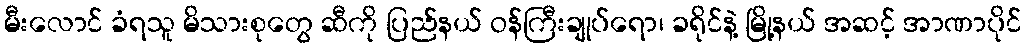
မီးလောင် ခံရသူ မိသားစုတွေ ဆီကို ပြည်နယ် ဝန်ကြီးချုပ်ရော၊ ခရိုင်နဲ့ မြို့နယ် အဆင့် အာဏာပိုင်